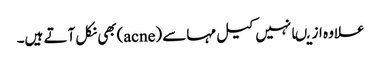
علاوہ ازیںانہیں کیل مہاسے (acne)بھی نکل آتے ہیں۔